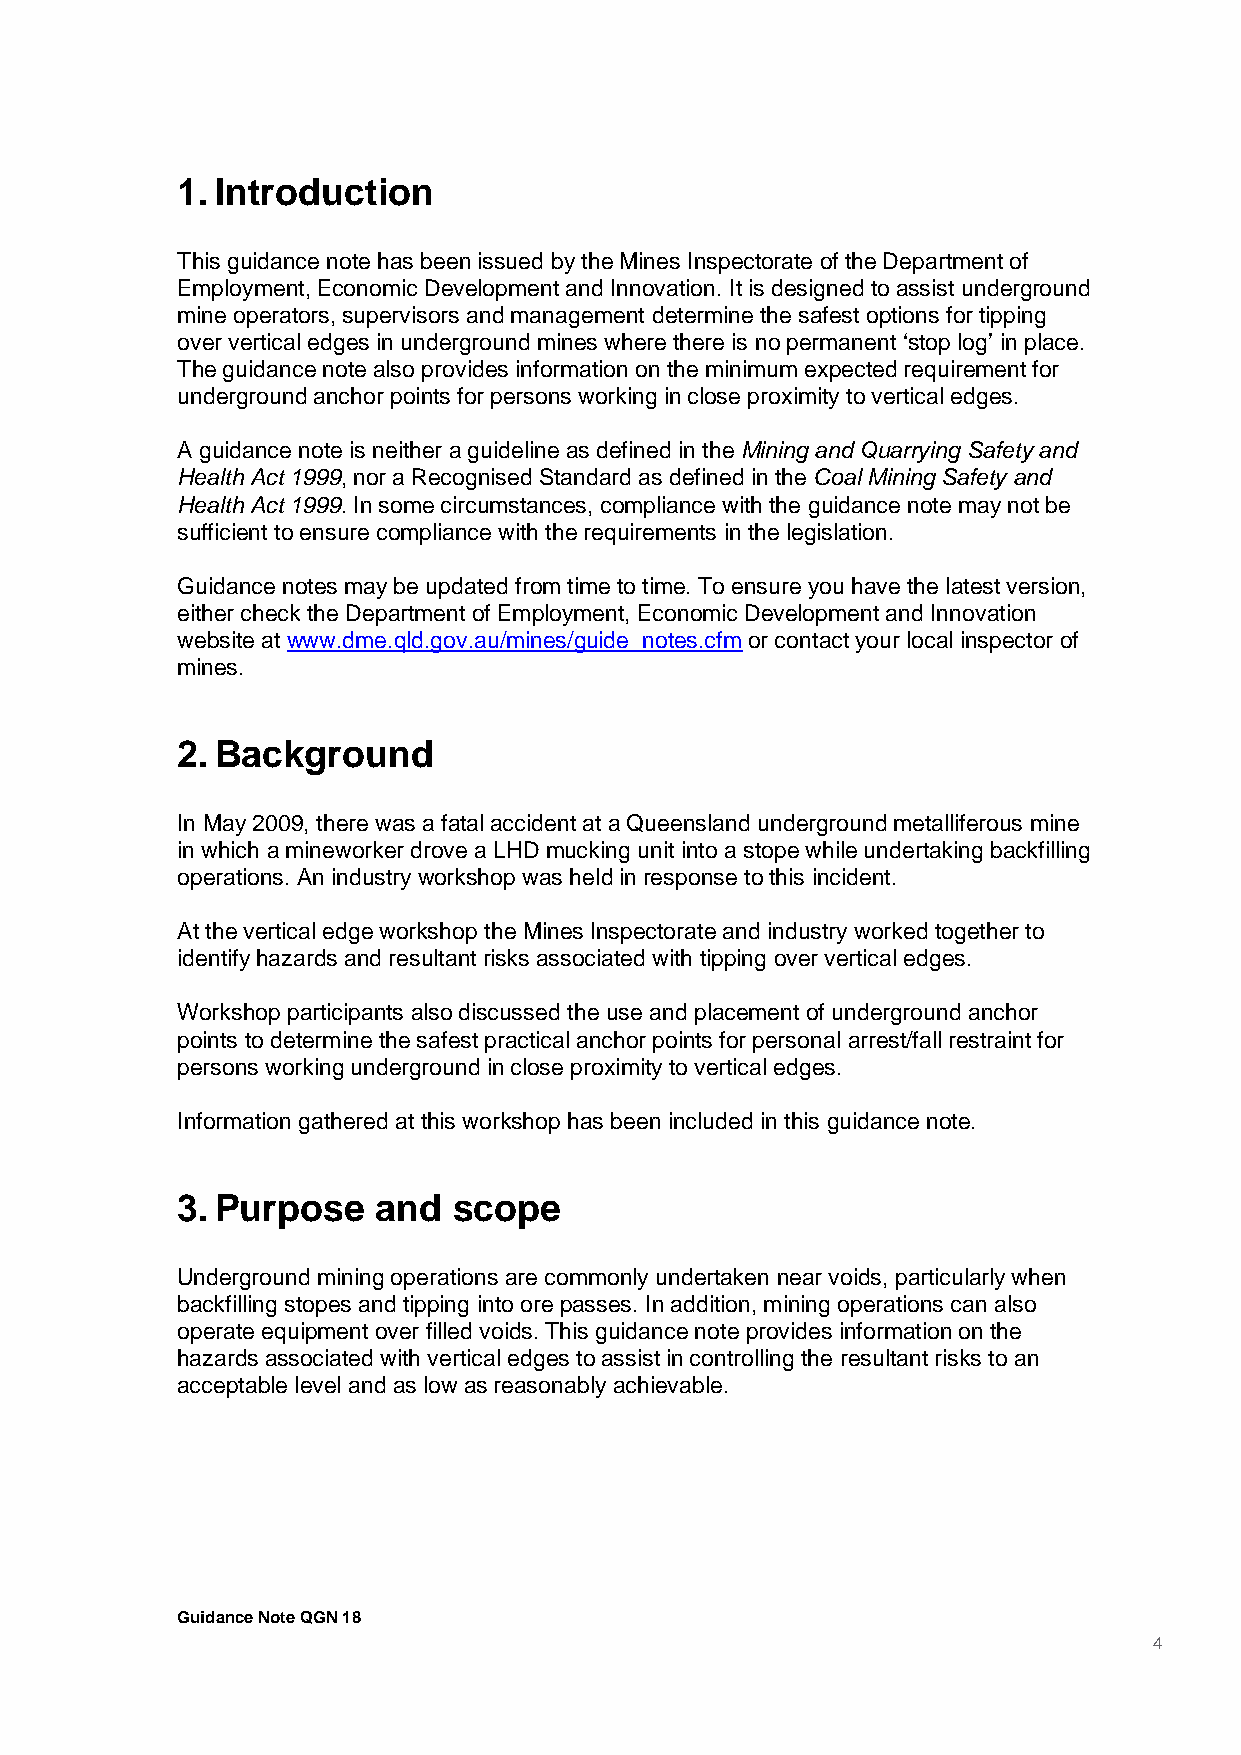
1. Introduction
 This guidance note has been issued by the Mines Inspectorate of the Department of
 Employment, Economic Development and Innovation. It is designed to assist underground
 mine operators, supervisors and management determine the safest options for tipping
 over vertical edges in underground mines where there is no permanent ‘stop log’ in place.
 The guidance note also provides information on the minimum expected requirement for
 underground anchor points for persons working in close proximity to vertical edges.
 A guidance note is neither a guideline as defined in the Mining and Quarrying Safety and
 Health Act 1999, nor a Recognised Standard as defined in the Coal Mining Safety and
 Health Act 1999. In some circumstances, compliance with the guidance note may not be
 sufficient to ensure compliance with the requirements in the legislation.
 Guidance notes may be updated from time to time. To ensure you have the latest version,
 either check the Department of Employment, Economic Development and Innovation
 website at www.dme.qld.gov.au/mines/guide_notes.cfm or contact your local inspector of
 mines.
 2. Background
 In May 2009, there was a fatal accident at a Queensland underground metalliferous mine
 in which a mineworker drove a LHD mucking unit into a stope while undertaking backfilling
 operations. An industry workshop was held in response to this incident.
 At the vertical edge workshop the Mines Inspectorate and industry worked together to
 identify hazards and resultant risks associated with tipping over vertical edges.
 Workshop participants also discussed the use and placement of underground anchor
 points to determine the safest practical anchor points for personal arrest/fall restraint for
 persons working underground in close proximity to vertical edges.
 Information gathered at this workshop has been included in this guidance note.
 3. Purpose   and  scope
 Underground mining operations are commonly undertaken near voids, particularly when
 backfilling stopes and tipping into ore passes. In addition, mining operations can also
 operate equipment over filled voids. This guidance note provides information on the
 hazards associated with vertical edges to assist in controlling the resultant risks to an
 acceptable level and as low as reasonably achievable.
 Guidance Note QGN 18
 4